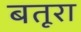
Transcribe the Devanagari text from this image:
बतूरा